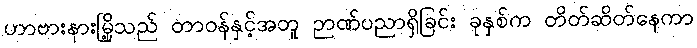
ဟာဗားနားမြို့သည် တာဝန်နှင့်အတူ ဉာဏ်ပညာရှိခြင်း ခုနှစ်က တိတ်ဆိတ်နေကာ